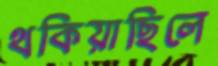
থকিয়াছিলে